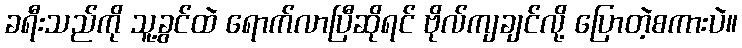
ခရီးသည်ကို သူ့ခွင်ထဲ ရောက်လာပြီဆိုရင် ဗိုလ်ကျချင်လို့ ပြောတဲ့စကားပဲ။